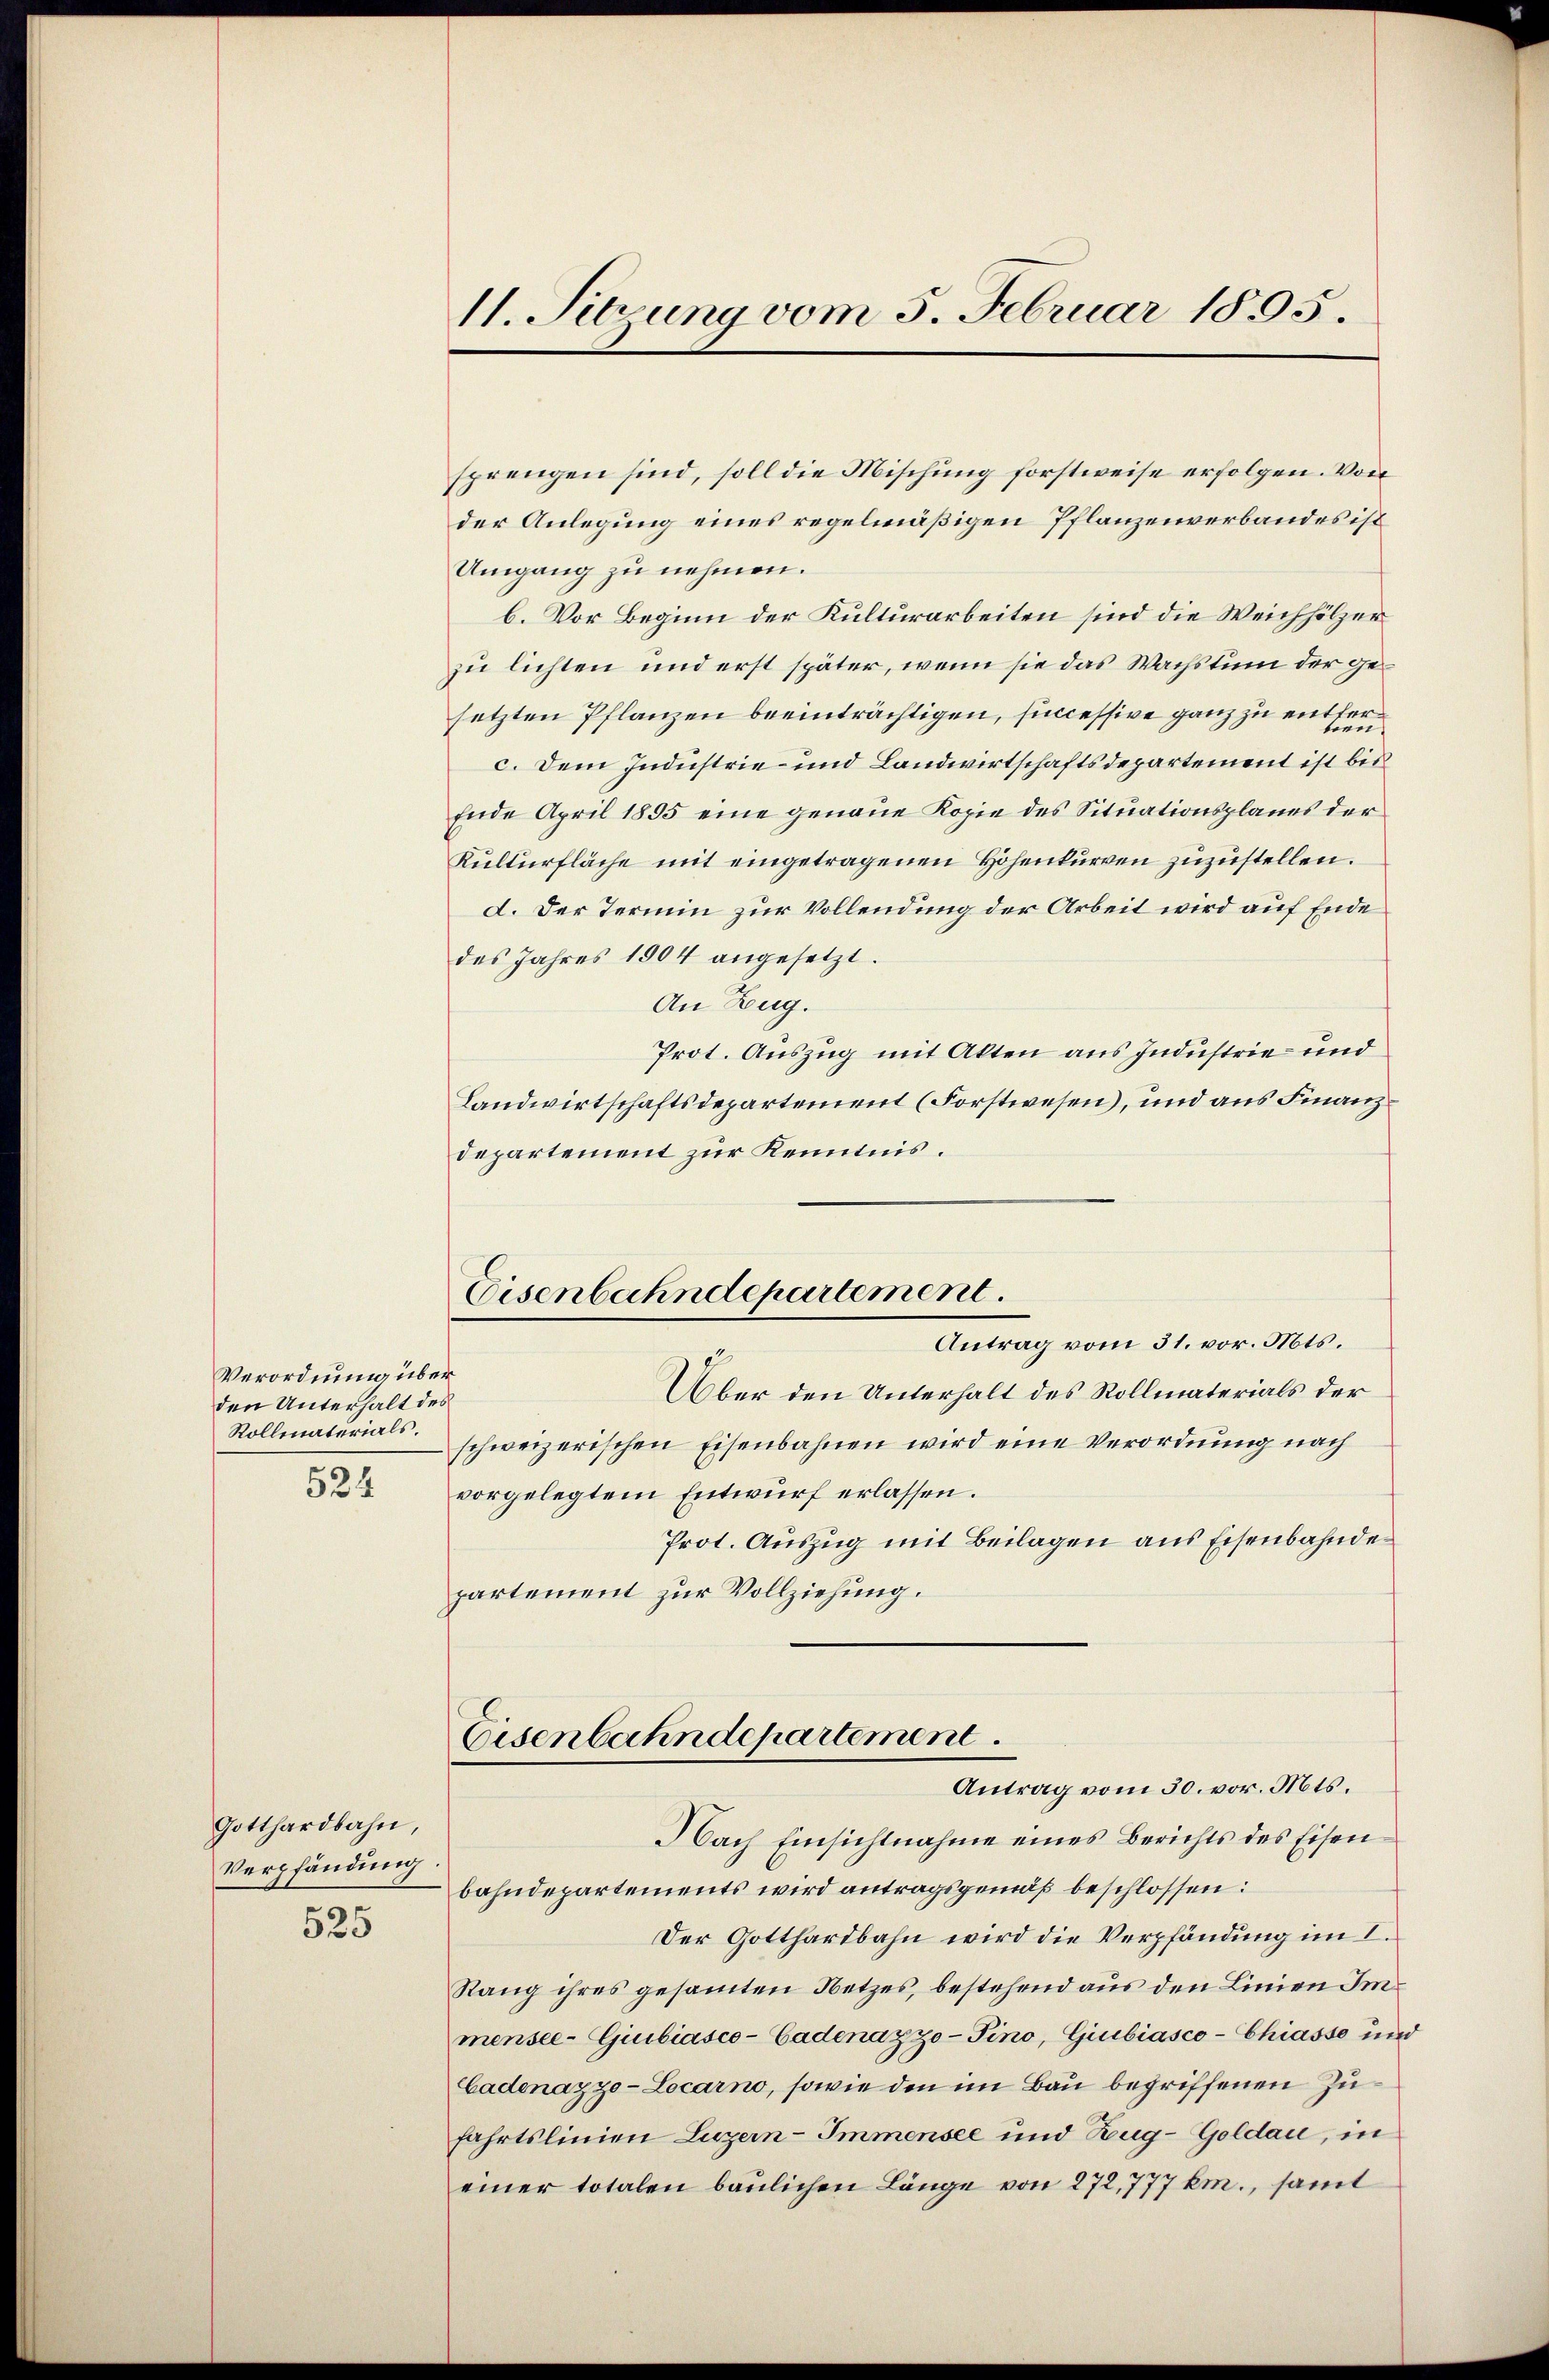
Verordnung über
den Unterhalt des
Rollmaterials.

524

Gotthardbahn,
Verpfändung

525

sprengen sind, soll die Mischung forstweise erfolgen. Von
der Anlegung eines regelmäßigen Pflanzenverbandes ist
Umgang zu nehmen.
b. Vor Beginn der Kulturarbeiten sind die Weichhölzer
zu lichten und erst später, wenn sie das Wachstum der gesetzten Pflanzen beeinträchtigen, sincessive ganz zu entferc. Dem Industrie- und Landwirtschaftsdepartement ist bis
Ende April 1895 eine genaue Kopie des Situationsplanes der
Kulturfläche mit eingetragenen Höhenkurren zuzustellen.
d. Der Termin zur Vollendung der Arbeit wird auf Ende
des Jahres 1904 angesetzt.
An Zug.
Prot. Auszug mit Akten aus Industrie- und
Landwirtschaftsdepartement (Forstwesen), und aus Finanzdepartement zur Kenntnis.
Antrag vom 31. vor. Mts.
Über den Unterhalt des Rollmaterials der
schweizerischen Eisenbahnen wird eine Verordnung nach
vorgelegtem Entwurf erlassen.
Prot. Auszug mit Beilagen aus Eisenbahndepartement zur Vollziehung.
Eisenbahndepartement.
Antrag vom 30. vor. Mts.
Nach Einsichtnahme eines Berichts des Eisenbahndepartements wird antragsgemäß beschlossen:
Der Gotthardbahn wird die Verpfändung im I.
Rang ihres gesammten Netzes, bestehend aus den Linien Immensee-Giubiasco-Cadenazzo-Pino, Giubiasco-Chiasse und
Cadenazzo-Locarno, sowie den im Bau begriffenen Zufahrtslinien Luzern-Immensee und Zug-Goldau, in
einer totalen baulichen Länge von 272, 777 km., samt

11. Sitzung vom 5. Februar 1895.

Eisenbahndepartement.